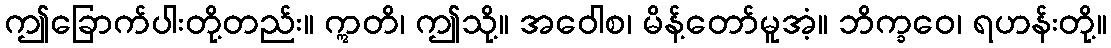
ဤခြောက်ပါးတို့တည်း။ ဣတိ၊ ဤသို့။ အဝေါစ၊ မိန့်တော်မူအံ့။ ဘိက္ခဝေ၊ ရဟန်းတို့။